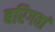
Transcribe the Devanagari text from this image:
बरिगवां